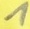
Text: 1